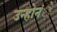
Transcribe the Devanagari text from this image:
उन्होनंे